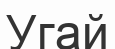
Угай